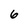
Character: 6